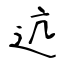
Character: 迒